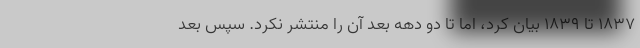
۱۸۳۷ تا ۱۸۳۹ بیان کرد، اما تا دو دهه بعد آن را منتشر نکرد. سپس بعد